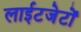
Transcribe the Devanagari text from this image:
लाईटजेटों